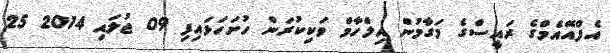
އެފްއޭއެމްގެ ރައީސްގެ މަގާމުން އިލްހާމް ވަކިކުރަން ހުށަހަޅައިފި 09 ޖުލައި 2014 25